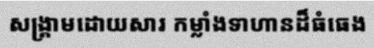
សង្គ្រាមដោយសារ កម្លាំងទាហានដ៏ធំធេង